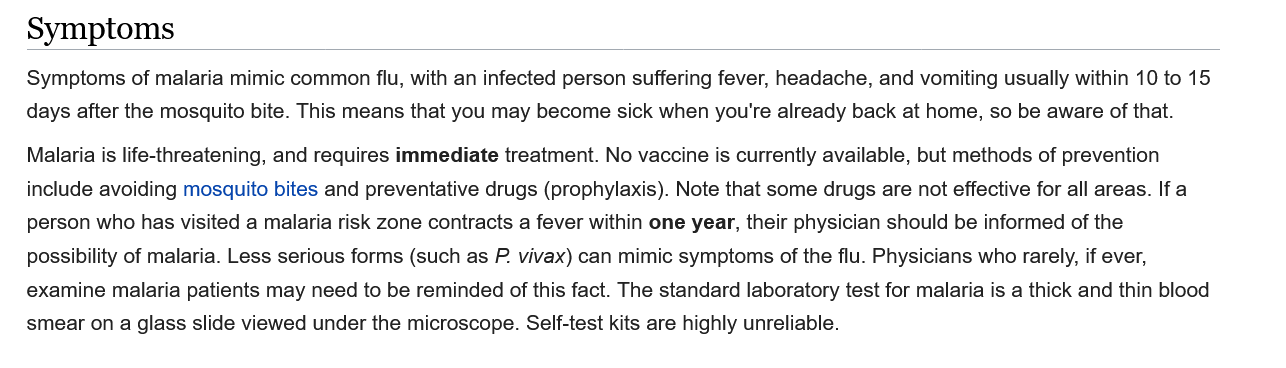
Symptoms
   Symptoms  of malaria mimic common flu, with an infected person suffering fever, headache, and vomiting usually within 10 to 15
   days after the mosquito bite. This means that you may become sick when you're already back at home, so be aware of that.
   Malaria is life-threatening, and requires immediate treatment. No vaccine is currently available, but methods of prevention
   include avoiding mosquito bites and preventative drugs (prophylaxis). Note that some drugs are not effective for all areas. Ifa
   person who has visited a malaria risk zone contracts a fever within one year, their physician should be informed of the
   possibility of malaria. Less serious forms (such as P. vivax) can mimic symptoms of the flu. Physicians who rarely, if ever,
   examine malaria patients may need to be reminded of this fact. The standard laboratory test for malaria is a thick and thin blood
   smear on
  a
     glass slide viewed under the microscope. Self-test kits are highly unreliable.